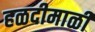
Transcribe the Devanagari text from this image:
हळदीमाळी